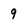
Character: 9